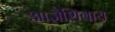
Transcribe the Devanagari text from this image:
आज्ञेशिवाय